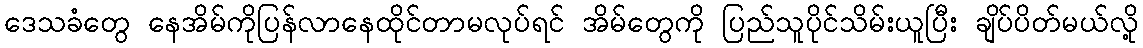
ဒေသခံတွေ နေအိမ်ကိုပြန်လာနေထိုင်တာမလုပ်ရင် အိမ်တွေကို ပြည်သူပိုင်သိမ်းယူပြီး ချိပ်ပိတ်မယ်လို့